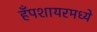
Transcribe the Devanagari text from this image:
हँपशायरमध्ये